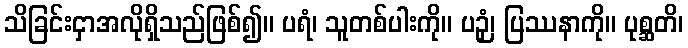
သိခြင်းငှာအလိုရှိသည်ဖြစ်၍။ ပရံ၊ သူတစ်ပါးကို။ ပဉှံ၊ ပြဿနာကို။ ပုစ္ဆတိ၊